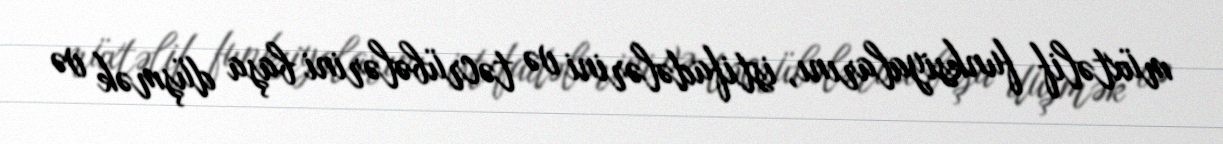
müxtəlif funksiyalarını, istifadələrini və təcrübələrini başa düşmək və